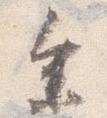
参